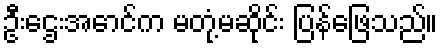
ဦးဌေးအောင်က မတုံ့မဆိုင်း ပြန်ဖြေသည်။